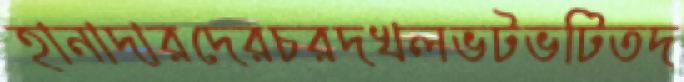
হানাদারদেরচরদখলভটভটিতদ